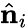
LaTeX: \hat{\mathbf{n}}_{i}